Vaccination in Burma 1920-1933 - 1920-1933
Year: 1920
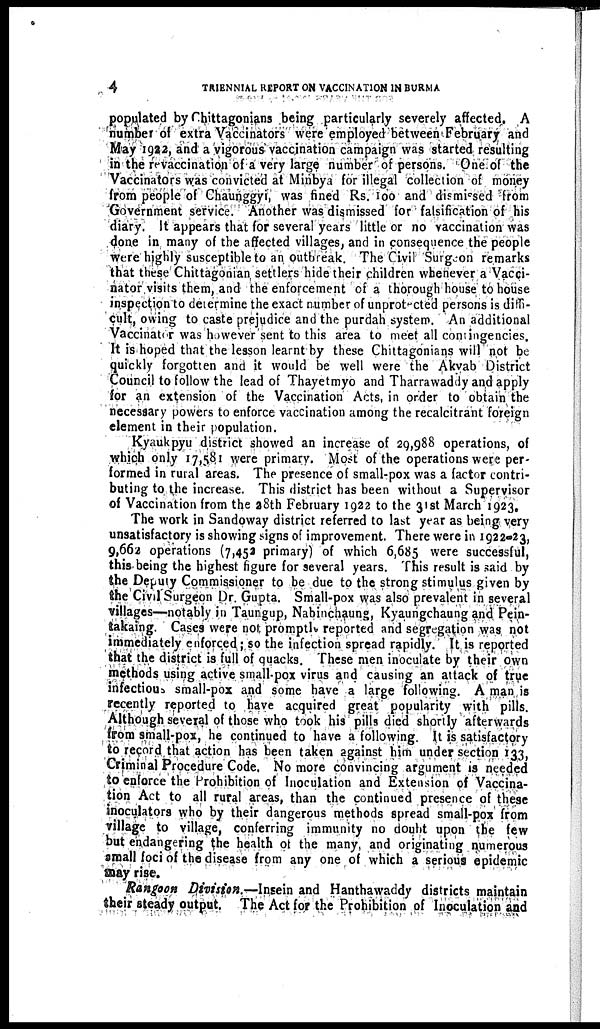
4
TRIENNIAL REPORT ON VACCINATION IN BURMA
populated by Chittagonians being particularly severely affected. A
number of extra Vaccinators were employed between February and
May 1922, and a vigorous vaccination campaign was started resulting
in the revaccination of a very large number of persons. One of the
Vaccinators was convicted at Minbya for illegal collection of money
from people of Chaunggyi, was fined Rs. 100 and dismissed from
Government service. Another was dismissed for falsification of his
diary. It appears that for several years little or no vaccination was
done in many of the affected villages, and in consequence the people
were highly susceptible to an outbreak. The Civil Surgeon remarks
that these Chittagonian settlers hide their children whenever a Vacci-
nator visits them, and the enforcement of a thorough house to house
inspection to determine the exact number of unprotected persons is diffi-
cult, owing to caste prejudice and the purdah system. An additional
Vaccinator was however sent to this area to meet all contingencies.
It is hoped that the lesson learnt by these Chittagonians will not be
quickly forgotten and it would be well were the Akyab District
Council to follow the lead of Thayetmyo and Tharrawaddy and apply
for an extension of the Vaccination Acts, in order to obtain the
necessary powers to enforce vaccination among the recalcitrant foreign
element in their population.
Kyaukpyu district showed an increase of 29,988 operations, of
which only 17,581 were primary. Most of the operations were per-
formed in rural areas. The presence of small-pox was a factor contri-
buting to the increase. This district has been without a Supervisor
of Vaccination from the 38th February 1922 to the 31st March 1923.
The work in Sandoway district referred to last year as being very
unsatisfactory is showing signs of improvement. There were in 1922-23,
9,662 operations (7,452 primary) of which 6,685 were successful,
this being the highest figure for several years. This result is said by
the Deputy Commissioner to be due to the strong stimulus given by
the Civil Surgeon Dr. Gupta. Small-pox was also prevalent in several
villages—notably in Taungup, Nabinchaung, Kyaungchaung and Pein-
takaing. Cases were not. promptle reported and segregation was not
immediately enforced ; so the infection spread rapidly. It is reported
that the district is full of quacks. These men inoculate by their own
methods using active smallpox virus and causing an attack of true
infectious small-pox and some have a large following. A man is
recently reported to have acquired great popularity with pills.
Although several of those who took his pills died shortly afterwards
from small-pox, he continued to have a following. It is satisfactory
to record that action has been taken against him under section 133,
Criminal Procedure Code. No more convincing argument is needed
to enforce the Prohibition of Inoculation and Extension of Vaccina-
tion Act to all rural areas, than the continued presence of these
inoculators who by their dangerous methods spread small-pox from
village to village, conferring immunity no doubt upon the few
but endangering the health of the many, and originating numerous
small foci of the disease from any one of which a serious epidemic
may rise.
Rangoon Division.—Insein and Hanthawaddy districts maintain
their steady output. The Act for the Prohibition of Inoculation and